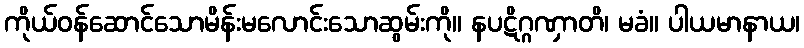
ကိုယ်ဝန်ဆောင်သောမိန်းမလောင်းသောဆွမ်းကို။ နပဋိဂ္ဂဏှာတိ၊ မခံ။ ပါယမာနာယ၊